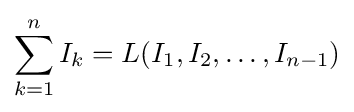
\sum _{k=1}^{n}I_{k}=L(I_{1},I_{2},\dots ,I_{n-1})